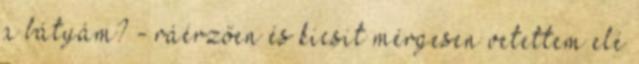
a bátyám? - ráérzően és kicsit mérgesen vetettem elé